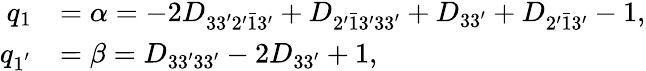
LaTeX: \begin{array}{rl}{q_{1}}&{=\alpha=-2{D_{33^{\prime}2^{\prime}\bar{1}3^{\prime}}}+{D_{2^{\prime}\bar{1}3^{\prime}33^{\prime}}}+{D_{33^{\prime}}}+{D_{2^{\prime}\bar{1}3^{\prime}}}-1,}\\ {q_{1^{'}}}&{=\beta={D_{33^{\prime}33^{\prime}}}-2{D_{33^{\prime}}}+1,}\end{array}